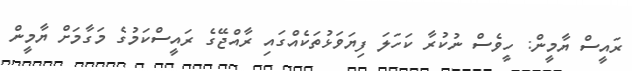
ރައީސް ޔާމީން: ހީވެސް ނުކުރާ ކަހަލަ ފިޔަވަޅުތަކެއްގައި ރާއްޖޭގެ ރައީސްކަމުގެ މަގާމަށް ޔާމީން